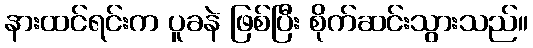
နားထင်ရင်းက ပူခနဲ ဖြစ်ပြီး စိုက်ဆင်းသွားသည်။